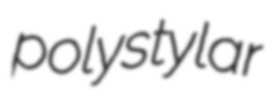
polystylar